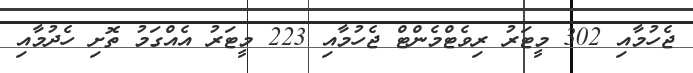
ޖެހުމާއި 302 މީޓަރު ރިވެޓްމެންޓް ޖެހުމާއި 223 މީޓަރު އެއްގަމު ތޮށި ހެދުމާއި